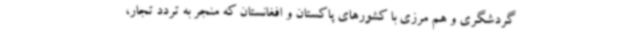
گردشگری و هم مرزی با کشورهای پاکستان و افغانستان که منجر به تردد تجار،